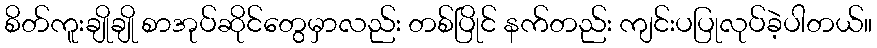
စိတ်ကူးချိုချို စာအုပ်ဆိုင်တွေမှာလည်း တစ်ပြိုင် နက်တည်း ကျင်းပပြုလုပ်ခဲ့ပါတယ်။